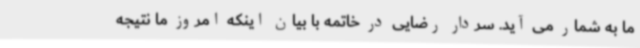
ما به شمار می آید. سردار رضایی در خاتمه با بیان اینکه امروز ما نتیجه